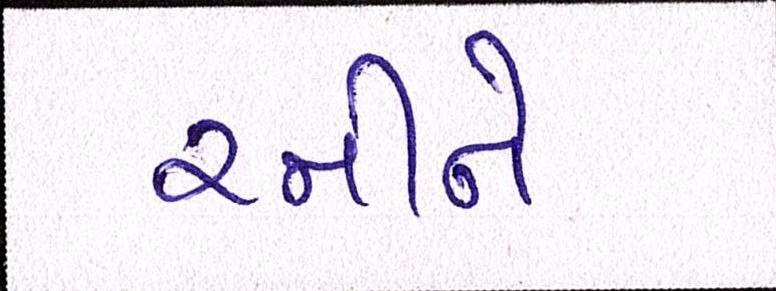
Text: રમીને